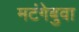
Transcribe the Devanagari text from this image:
मटंगेबुवा